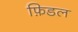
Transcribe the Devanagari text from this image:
फ़िडल